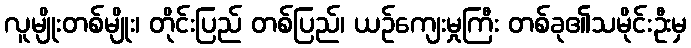
လူမျိုးတစ်မျိုး၊ တိုင်းပြည် တစ်ပြည်၊ ယဉ်ကျေးမှုကြီး တစ်ခု၏သမိုင်းဦးမှ